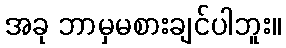
အခု ဘာမှမစားချင်ပါဘူး။